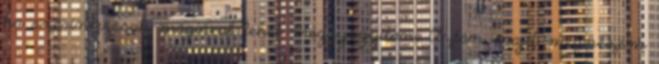
ha szerinte csak mágiával lehet meggyógyítani Aztán majd megnézem